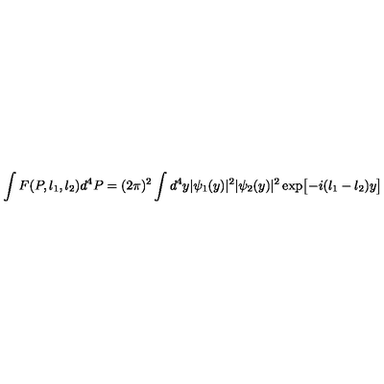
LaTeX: \int F ( P , l _ { 1 } , l _ { 2 } ) d ^ { 4 } P = ( 2 \pi ) ^ { 2 } \int d ^ { 4 } y | \psi _ { 1 } ( y ) | ^ { 2 } | \psi _ { 2 } ( y ) | ^ { 2 } \exp \bigl [ - i ( l _ { 1 } - l _ { 2 } ) y \bigr ]